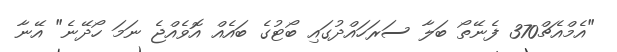
"އެމްއެޗް370 ފެނޭތޯ ބަލާ ސަރަހައްދުގައި ބޯޓުގެ ބައެއް އޮވެއްޖެ ނަމަ ހޯދޭނެ" އޭނާ